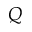
Q